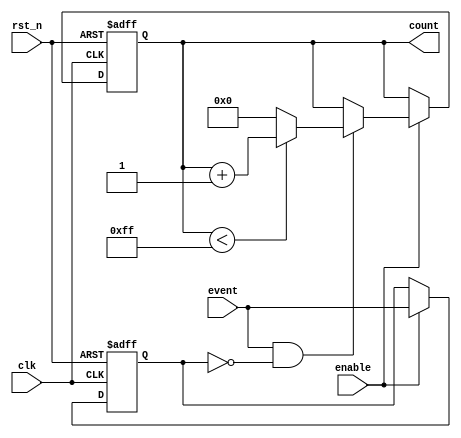
module event_counter (
    input wire clk,                  // Clock input
    input wire rst_n,                // Active low asynchronous reset
    input wire enable,               // Enable signal for counting
    input wire event,                // Input event signal
    output reg [7:0] count           // 8-bit output count value
);

// Internal signal to detect rising edge of the event
reg event_last;

always @(posedge clk or negedge rst_n) begin
    if (!rst_n) begin
        count <= 8'b0;              // Reset count to 0
        event_last <= 1'b0;         // Initialize previous event state
    end else begin
        if (enable) begin
            // Detect rising edge of the event signal
            if (event && !event_last) begin
                if (count < 8'd255) begin
                    count <= count + 1;  // Increment count
                end else begin
                    count <= 8'b0;      // Overflow case: wrap around
                end
            end
            event_last <= event;      // Store current event state
        end
    end
end

endmodule